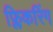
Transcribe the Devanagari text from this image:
फ्लिकरिंग